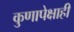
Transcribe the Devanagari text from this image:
कुणापेक्षाही